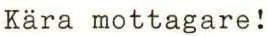
Kära mottagare!